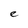
Character: e